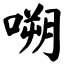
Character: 嗍